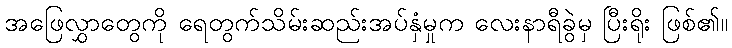
အဖြေလွှာတွေကို ရေတွက်သိမ်းဆည်းအပ်နှံမှုက လေးနာရီခွဲမှ ပြီးရိုး ဖြစ်၏။